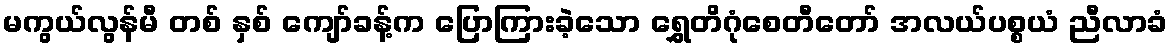
မကွယ်လွန်မီ တစ် နှစ် ကျော်ခန့်က ပြောကြားခဲ့သော ရွှေတိဂုံစေတီတော် အလယ်ပစ္စယံ ညီလာခံ